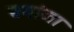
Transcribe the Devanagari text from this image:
ब्रगांजा